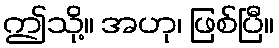
ဤသို့။ အဟု၊ ဖြစ်ပြီ။